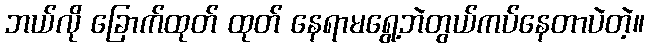
ဘယ်လို ခြောက်ထုတ် ထုတ် နေရာမရွေ့ဘဲတွယ်ကပ်နေတာပဲတဲ့။